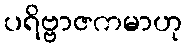
ပရိဗ္ဗာဇကမာဟု